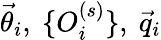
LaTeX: \vec{\theta}_{i},\ \{ O_{i}^{(s)}\} ,\ \vec{q}_{i}